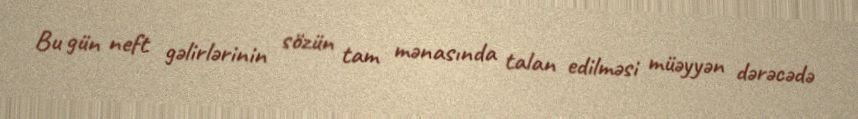
Bu gün neft gəlirlərinin sözün tam mənasında talan edilməsi müəyyən dərəcədə